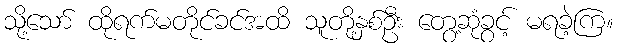
သို့သော် ထိုရက်မတိုင်ခင်အထိ သူတို့နှစ်ဦး တွေ့ဆုံခွင့် မရခဲ့ကြ။